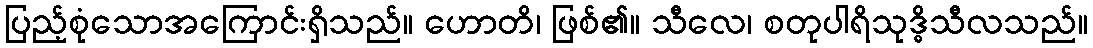
ပြည့်စုံသောအကြောင်းရှိသည်။ ဟောတိ၊ ဖြစ်၏။ သီလေ၊ စတုပါရိသုဒ္ဓိသီလသည်။